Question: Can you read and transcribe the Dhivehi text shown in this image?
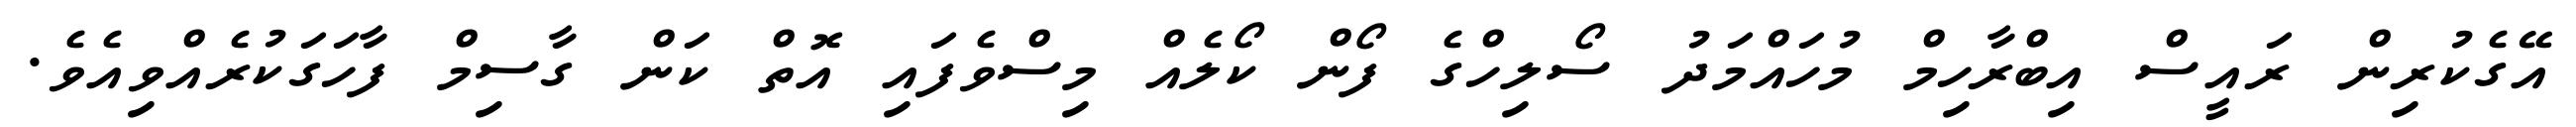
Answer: އޭގެކުރިން ރައީސް އިބްރާހިމް މުހައްމަދު ސޯލިހްގެ ފޯން ކޯލެއް މިސްވެފައި އޮތް ކަން ގާސިމް ފާހަގަކުރެއްވިއެވެ.